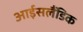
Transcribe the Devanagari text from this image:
आईसलैंडिक